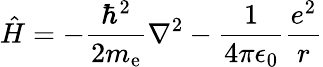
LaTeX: {\hat{H}}=-{{\frac{\hbar^{2}}{2m_{\mathrm{e}}}}\nabla^{2}}-{\frac{1}{4\pi\epsilon_{0}}}{\frac{e^{2}}{r}}